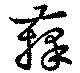
籜